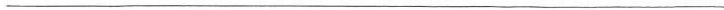
___